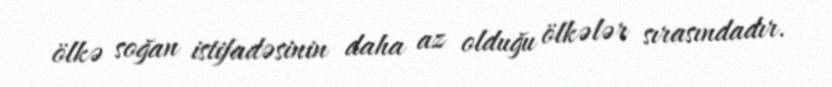
ölkə soğan istifadəsinin daha az olduğu ölkələr sırasındadır.